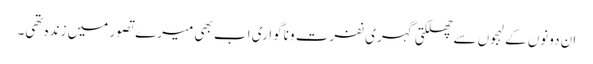
ان دونوں کے لہجوں سے چھلکتی گہری نفرت و ناگواری اب بھی میرے تصور میں زندہ تھی۔